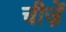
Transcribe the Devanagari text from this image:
चीजे़ें